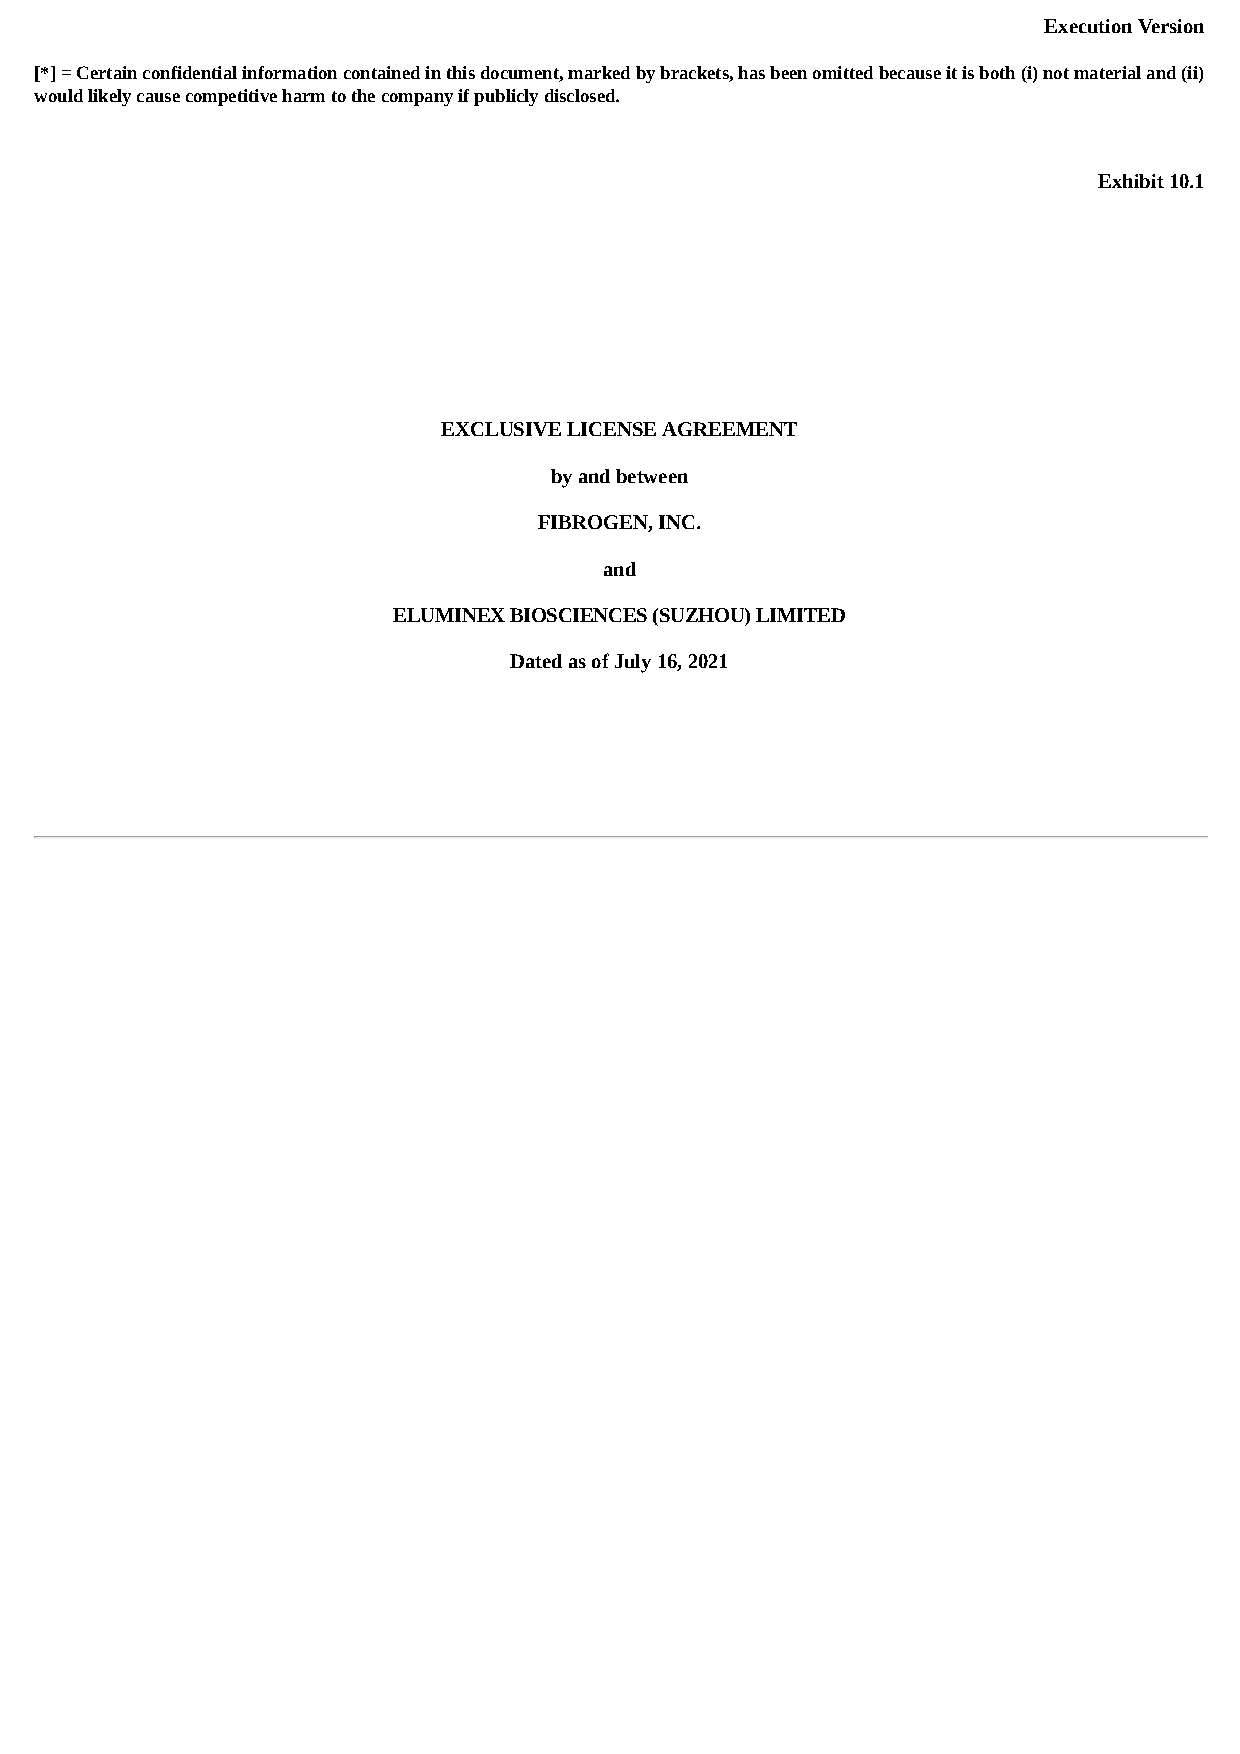
Execution Version
 [*] = Certain confidential information contained in this document, marked by brackets, has been omitted because it is both (i) not material and (ii)
 would likely cause competitive harm to the company if publicly disclosed.
 Exhibit 10.1
 EXCLUSIVE LICENSE AGREEMENT
 by and between
 FIBROGEN, INC.
 and
 ELUMINEX BIOSCIENCES (SUZHOU) LIMITED
 Dated as of July 16, 2021